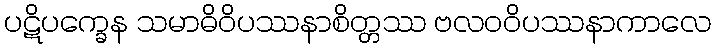
ပဋိပက္ခေန သမာဓိဝိပဿနာစိတ္တဿ ဗလဝဝိပဿနာကာလေ